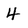
Character: 4